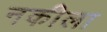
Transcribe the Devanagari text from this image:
नकीला